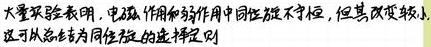
大量实验表明，电磁作用和弱作用中宇称不守恒，但其改变较小，这可从总奇异数守恒的选择定则